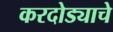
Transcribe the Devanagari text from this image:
करदोड्याचे